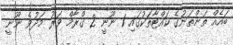
ބައެއް ތަންތަނުގެ ކައްޓާތަކުގައި 1 ނޫނީ 2 ގްރާމް ވަރު މަދުވެ ނޫނީ